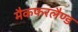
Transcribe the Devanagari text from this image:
मैकफरलैण्ड